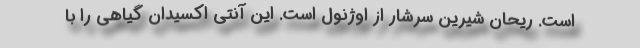
است. ریحان شیرین سرشار از اوژنول است. این آنتی اکسیدان گیاهی را با